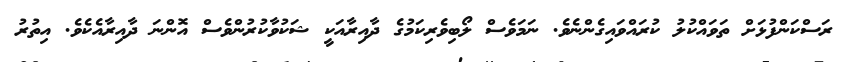
ރަސްކަންފުޅަށް ތަވައްކުލު ކުރައްވައިގެންނެވެ. ނަމަވެސް ލޯބިވެރިކަމުގެ ދާއިރާއަކީ ޝަކުވާކުރުންވެސް އޮންނަ ދާއިރާއެކެވެ. އިތުރު